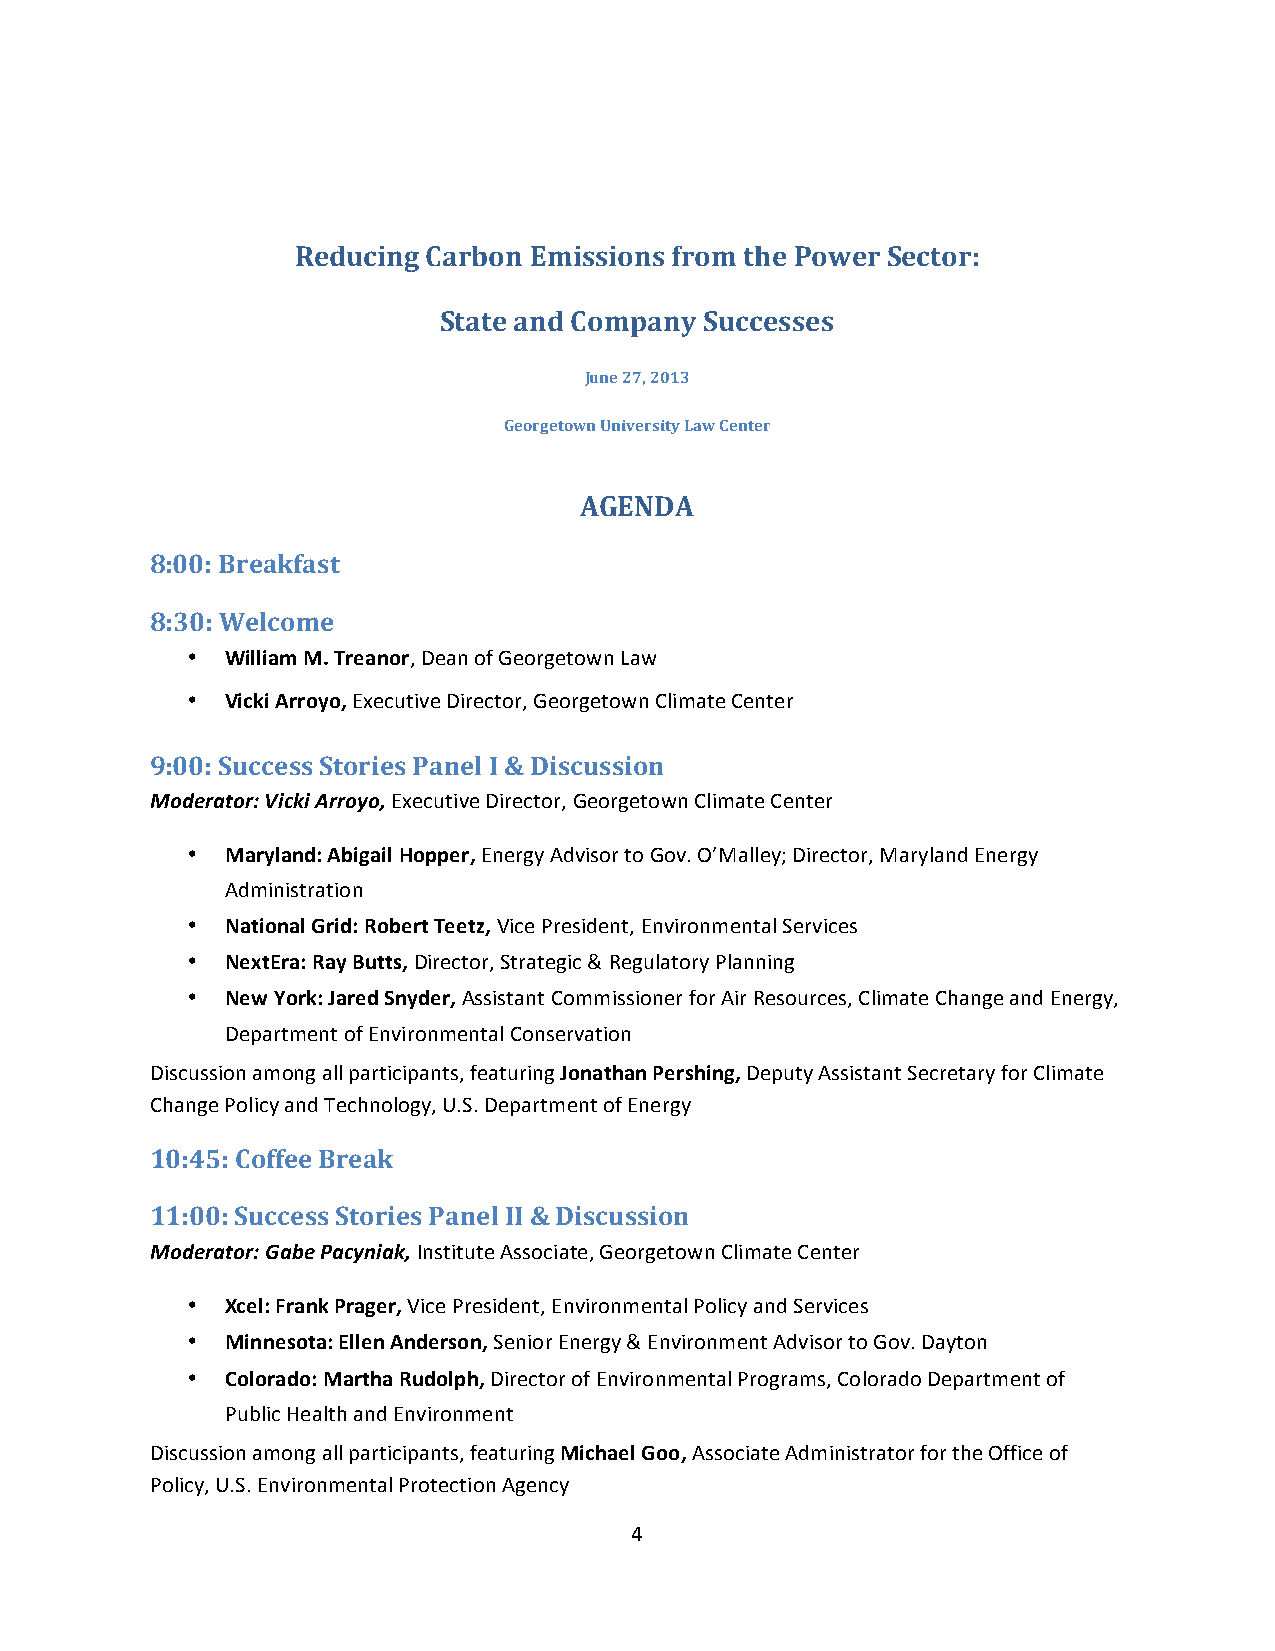
Reducing Carbon Emissions from the Power Sector:
 State and Company Successes
 June 27, 2013
 Georgetown University Law Center
 AGENDA
 8:00: Breakfast
 8:30: Welcome
 •  William M. Treanor, Dean of Georgetown Law
 •  Vicki Arroyo, Executive Director, Georgetown Climate Center
 9:00: Success Stories Panel I & Discussion
 Moderator: Vicki Arroyo, Executive Director, Georgetown Climate Center
 •  Maryland: Abigail Hopper, Energy Advisor to Gov. O’Malley; Director, Maryland Energy
 Administration
 •  National Grid: Robert Teetz, Vice President, Environmental Services
 •  NextEra: Ray Butts, Director, Strategic & Regulatory Planning
 •  New York: Jared Snyder, Assistant Commissioner for Air Resources, Climate Change and Energy,
 Department of Environmental Conservation
 Discussion among all participants, featuring Jonathan Pershing, Deputy Assistant Secretary for Climate
 Change Policy and Technology, U.S. Department of Energy
 10:45: Coffee Break
 11:00: Success Stories Panel II & Discussion
 Moderator: Gabe Pacyniak, Institute Associate, Georgetown Climate Center
 •  Xcel: Frank Prager, Vice President, Environmental Policy and Services
 •  Minnesota: Ellen Anderson, Senior Energy & Environment Advisor to Gov. Dayton
 •  Colorado: Martha Rudolph, Director of Environmental Programs, Colorado Department of
 Public Health and Environment
 Discussion among all participants, featuring Michael Goo, Associate Administrator for the Office of
 Policy, U.S. Environmental Protection Agency
 4